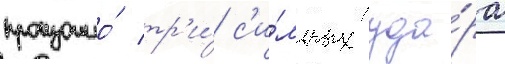
произошло́ тр'и́ с'и́льных уда́ра